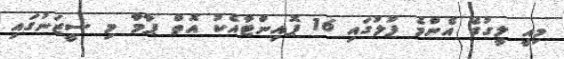
މިއީ ލީގުގެ އެންމެ ފުލުގައި 16 ޕޮއިންޓާއެކު އޮތް ޕާމާ މި ސީޒަނުގައި